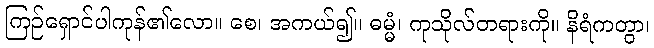
ကြဉ်ရှောင်ပါကုန်၏လော။ စေ၊ အကယ်၍။ ဓမ္မံ၊ ကုသိုလ်တရားကို။ နိရံကတွာ၊